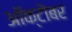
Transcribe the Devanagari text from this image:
आॅक्टॊबर